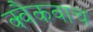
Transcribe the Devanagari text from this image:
क्वैकवाच